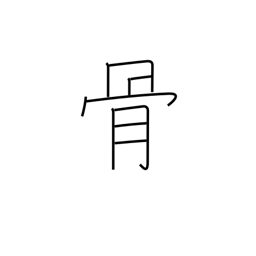
Meaning: remains